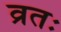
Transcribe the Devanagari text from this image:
व्रतः